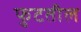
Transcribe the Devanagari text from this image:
फुटतील